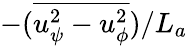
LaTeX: -(\overline{{u_{\psi}^{2}-u_{\phi}^{2}}})/L_{a}